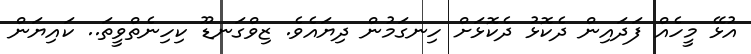
އުޅޭ މީހެއް ފަދައިން ދެކޮޅު ދެކޮޅަށް ހިނގަމުން ދިޔައެވެ. ޒިވްގަނޑޫ ކިހިނެތްވީތަ.. ކައިޔަން